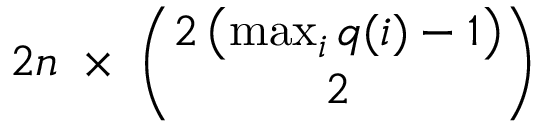
2 n \; \times \; { \binom { 2 \left( \operatorname* { m a x } _ { i } { q ( i ) } - 1 \right) } { 2 } }